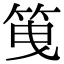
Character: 䇩